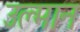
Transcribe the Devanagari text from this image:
उल्मान